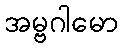
အမ္ဗဂါမော